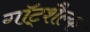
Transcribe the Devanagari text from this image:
गॉट्शैल्क